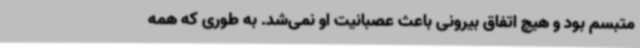
متبسم بود و هیچ اتفاق بیرونی باعث عصبانیت او نمی‌شد. به طوری که همه